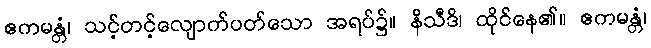
ဧကမန္တံ၊ သင့်တင့်လျောက်ပတ်သော အရပ်၌။ နိသီဒိ၊ ထိုင်နေ၏။ ဧကမန္တံ၊